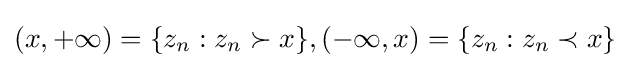
(x,+\infty )=\{z_{n}:z_{n}\succ x\},(-\infty ,x)=\{z_{n}:z_{n}\prec x\}